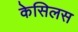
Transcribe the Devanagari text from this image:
केसिलस